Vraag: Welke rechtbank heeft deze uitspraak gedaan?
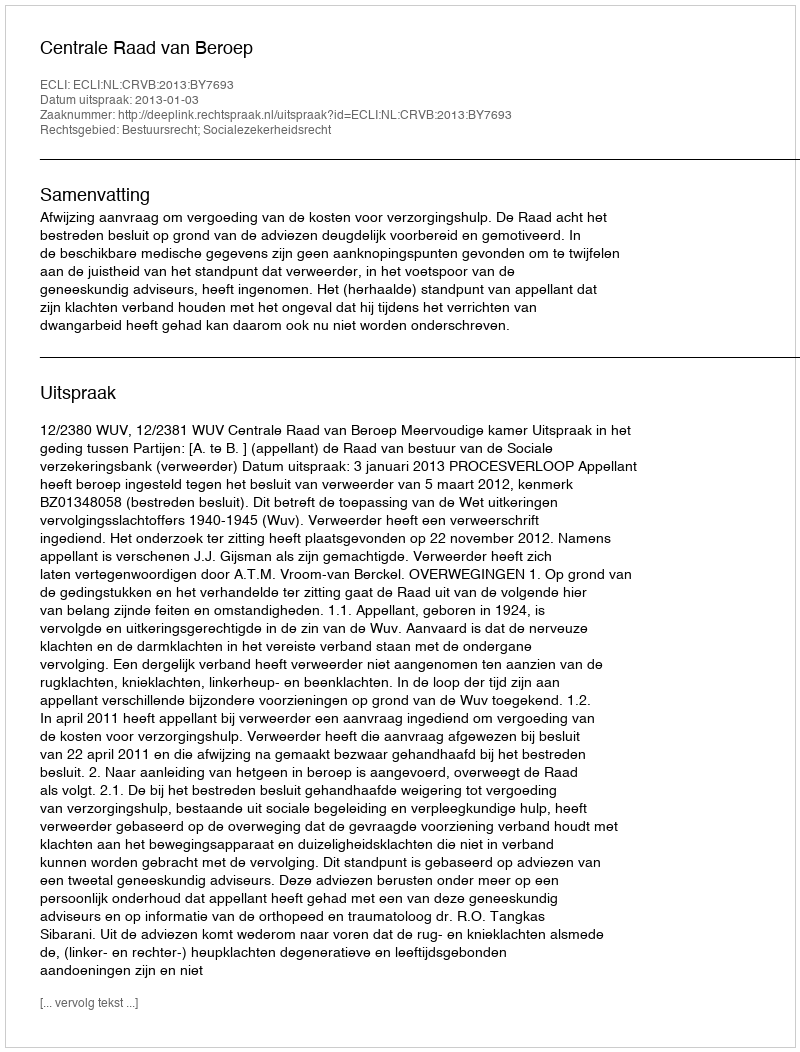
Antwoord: Centrale Raad van Beroep